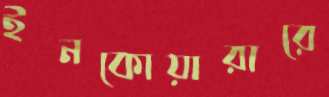
ইনকোয়ারারে